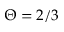
\Theta = 2 / 3